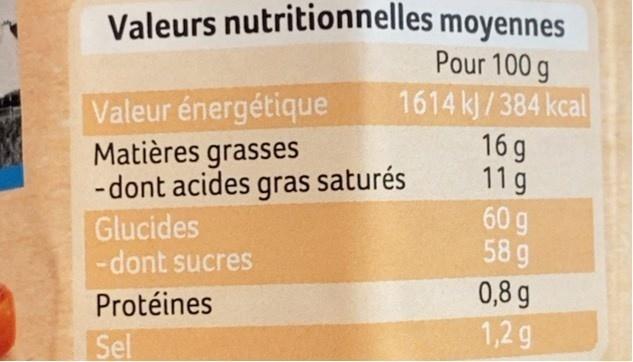
Valeurs nutritionnelles moyennes Pour 100 g
Valeur énergétique Matières grasses - dont acides gras saturés Glucides -dont sucres
1614 kJ/384 kcal 16 g 11g
60 g 58 g 0,8 g 1,2 g
Protéines
Sel